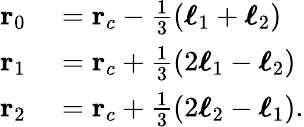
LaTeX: \begin{array}{rl}{\mathbf{r}_{0}}&{{}=\mathbf{r}_{c}-\frac{1}{3}(\boldsymbol{\ell}_{1}+\boldsymbol{\ell}_{2})}\\ {\mathbf{r}_{1}}&{{}=\mathbf{r}_{c}+\frac{1}{3}(2\boldsymbol{\ell}_{1}-\boldsymbol{\ell}_{2})}\\ {\mathbf{r}_{2}}&{{}=\mathbf{r}_{c}+\frac{1}{3}(2\boldsymbol{\ell}_{2}-\boldsymbol{\ell}_{1}).}\end{array}